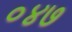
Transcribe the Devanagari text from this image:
०४७